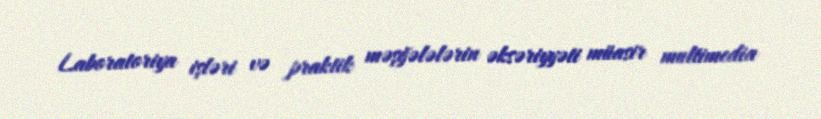
Laboratoriya işləri və praktik məşğələlərin əksəriyyəti müasir multimedia